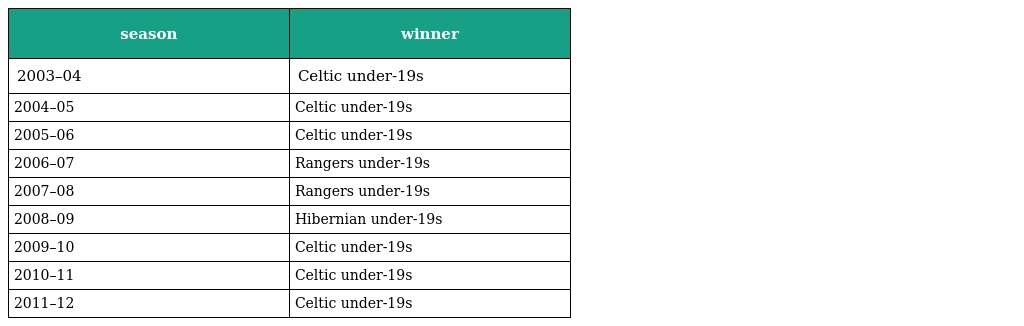
| season | winner |
 | --- | --- |
 | 2003–04 | Celtic under-19s |
 | 2004–05 | Celtic under-19s |
 | 2005–06 | Celtic under-19s |
 | 2006–07 | Rangers under-19s |
 | 2007–08 | Rangers under-19s |
 | 2008–09 | Hibernian under-19s |
 | 2009–10 | Celtic under-19s |
 | 2010–11 | Celtic under-19s |
 | 2011–12 | Celtic under-19s |